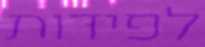
לפידות